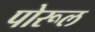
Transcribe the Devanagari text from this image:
पोरूल